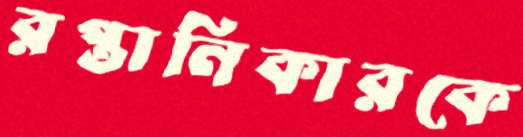
রপ্তানিকারকে